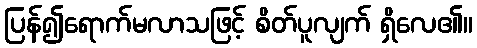
ပြန်၍ရောက်မလာသဖြင့် စိတ်ပူလျက် ရှိလေ၏။